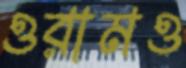
ওরামও